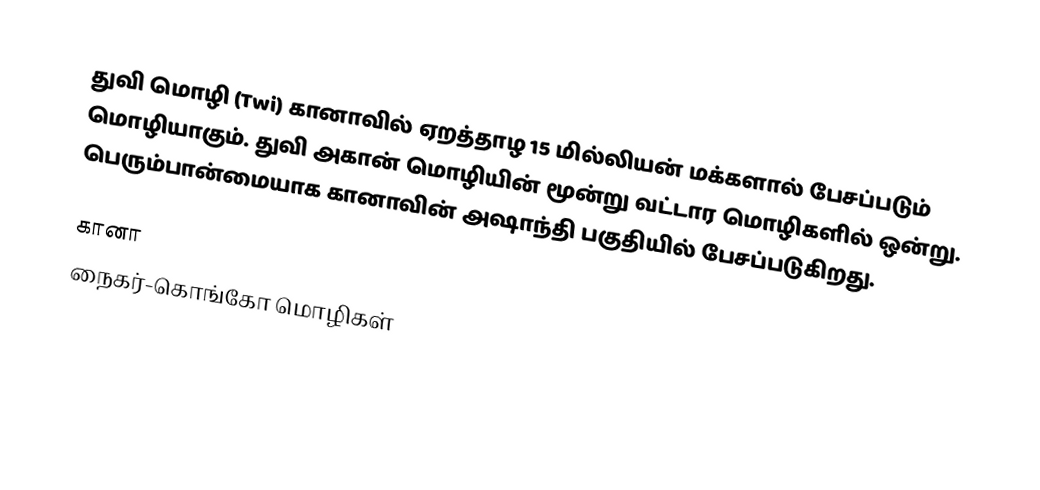
துவி மொழி (Twi) கானாவில் ஏறத்தாழ 15 மில்லியன் மக்களால் பேசப்படும் மொழியாகும். துவி அகான் மொழியின் மூன்று வட்டார மொழிகளில் ஒன்று. பெரும்பான்மையாக கானாவின் அஷாந்தி பகுதியில் பேசப்படுகிறது.

கானா
நைகர்-கொங்கோ மொழிகள்